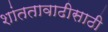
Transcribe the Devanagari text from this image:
शांततावाढीसाठी